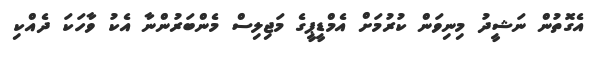
އެގޮތުން ނަޝީދު މިނިވަން ކުރުމަށް އެމްޑީޕީގެ މަޖިލިސް މެންބަރުންނާ އެކު ވާހަކަ ދެއްކި